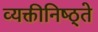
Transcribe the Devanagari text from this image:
व्यक्तीनिष्ठ्ते